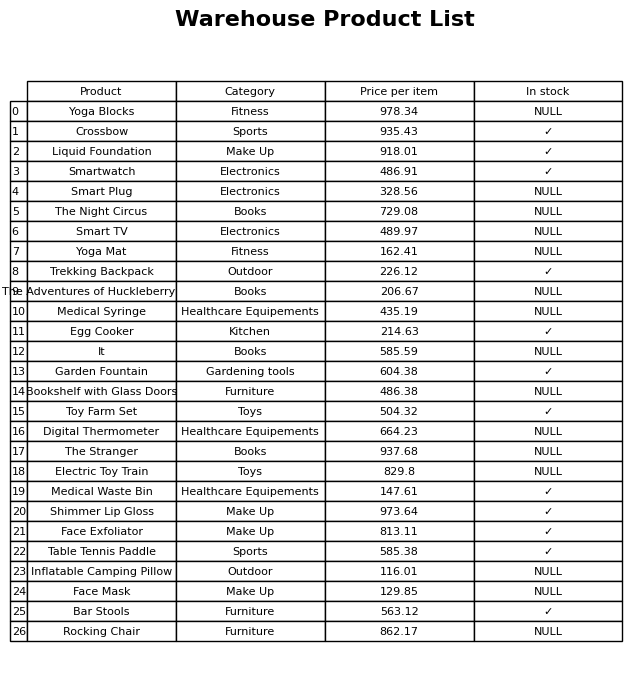
question: What is the price for Smartwatch?
answer: The price of Smartwatch is 486.91.